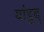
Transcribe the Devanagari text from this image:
यांडूबु